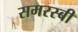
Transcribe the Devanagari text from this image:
समरस्बी